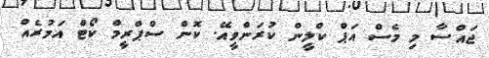
ޖައްސާ މި މެސް އަޕް ކްލީން ކުރަންވީއޭ. ކޮން ސްޕްރީމް ކޯޓް އަމުރެއް